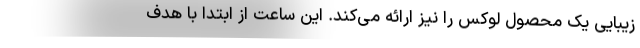
زیبایی یک محصول لوکس را نیز ارائه می‌کند. این ساعت از ابتدا با هدف